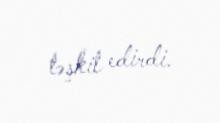
təşkil edirdi.